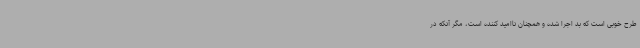
طرح خوبی است که بد اجرا شده و همچنان ناامید کننده است، مگر آنکه در